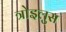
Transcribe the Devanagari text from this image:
त्रोइलुस